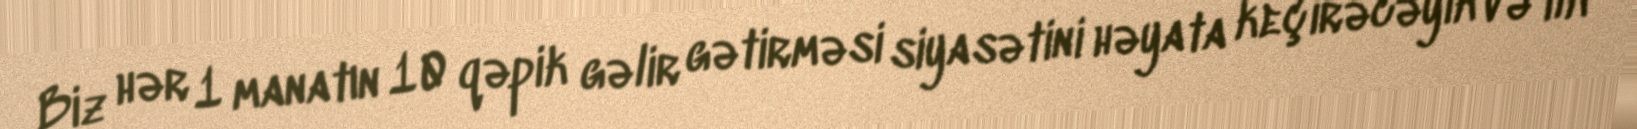
Biz hər 1 manatın 10 qəpik gəlir gətirməsi siyasətini həyata keçirəcəyik və ilk